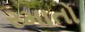
રમાતો